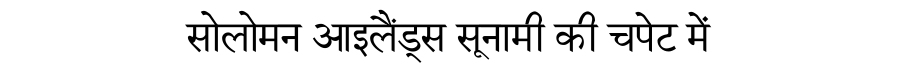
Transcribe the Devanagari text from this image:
सोलोमन आइलैंड्स सूनामी की चपेट में